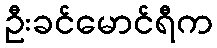
ဦးခင်မောင်ရီက